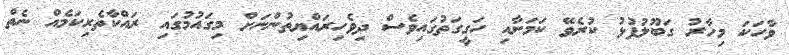
ވާހަކަ މިހާރު ގަބޫލުފުޅު ކުރެވޭ ކަމަށާއި ހަގީގަތުގައިވެސް ދިވެހިރައްޔިތުންނަށް މިގައުމުގައި ރައްކާތެރިކަމެއް ނެތް